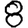
Digit: 8